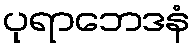
ပုရာဘေဒနံ